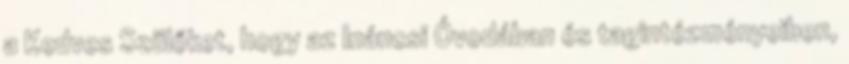
a Kedves Szülőket, hogy az Ináncsi Óvodában és tagintézményeiben,